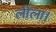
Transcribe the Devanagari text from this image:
लीला।